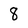
Character: 8